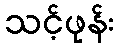
သင့်ဖုန်း